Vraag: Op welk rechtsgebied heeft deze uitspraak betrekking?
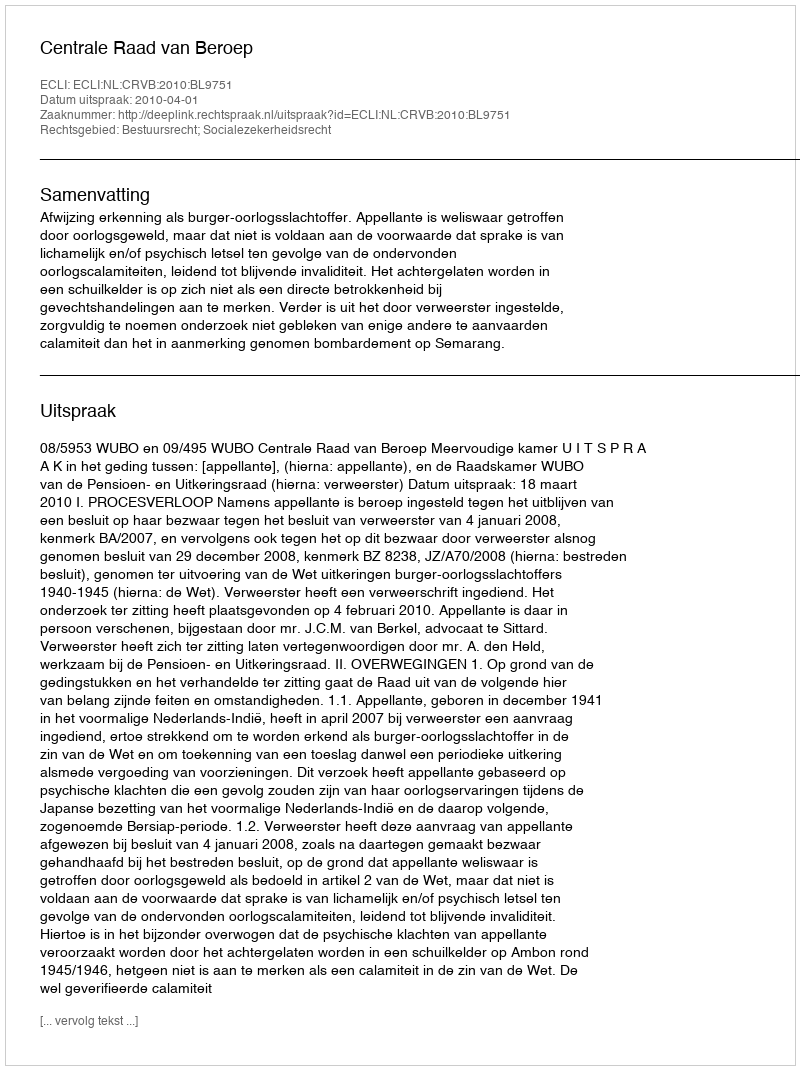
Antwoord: Bestuursrecht; Socialezekerheidsrecht